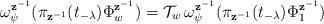
LaTeX: \begin{align*} \omega_{\psi}^{\mathbf{z}^{-1}}(\pi_{\mathbf{z}^{-1}}(t_{-\lambda})\Phi_{w}^{\mathbf{z}^{-1}}) = \mathcal{T}_w\,\omega_{\psi}^{\mathbf{z}^{-1}}(\pi_{\mathbf{z}^{-1}}(t_{-\lambda})\Phi_{1}^{\mathbf{z}^{-1}}) \end{align*}